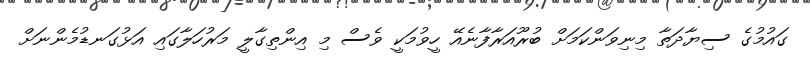
ގައުމުގެ ސިޔާދަތާ މިނިވަންކަމަށް ބުރޫއަރާފާނެއޭ ހީވުމަކީ ވެސް މި އިންތިގާލީ މަރުހަލާގައި އަޅުގަނޑުމެންނަށް